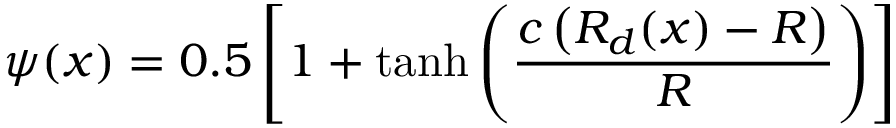
\psi ( x ) = 0 . 5 \left[ 1 + \operatorname { t a n h } \left( \frac { c \left( R _ { d } ( x ) - R \right) } { R } \right) \right]